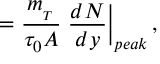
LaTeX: { \bf \varepsilon } = { \frac { m _ { _ T } } { \tau _ { 0 } \cal { A } } } \; { \frac { d N } { d y } } \biggr | _ { p e a k } \, ,